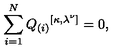
\sum _ { i = 1 } ^ { N } { Q _ { ( i ) } } ^ { [ \kappa , \lambda ^ { \nu } ] } = 0 ,